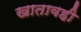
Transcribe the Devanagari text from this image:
खातावही